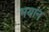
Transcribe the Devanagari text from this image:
भयान